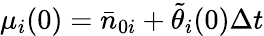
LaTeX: \mu_{i}(0)=\bar{n}_{0i}+\tilde{\theta}_{i}(0)\Delta t